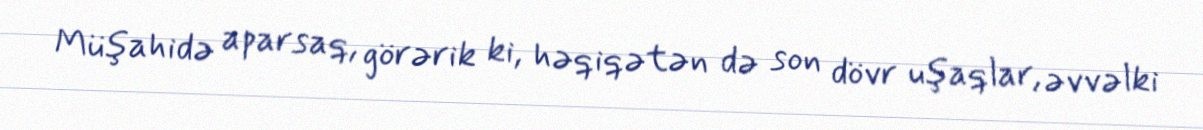
Müşahidə aparsaq, görərik ki, həqiqətən də son dövr uşaqlar, əvvəlki